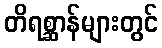
တိရစ္ဆာန်များတွင်